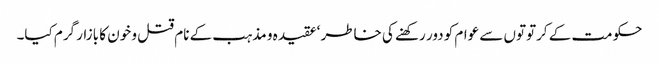
حکومت کے کرتوتوں سے عوام کو دور رکھنے کی خاطر ‘عقیدہ و مذہب کے نام قتل و خون کا بازار گرم کیا۔